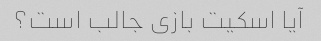
آیا اسکیت بازی جالب است؟